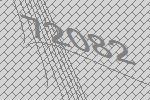
72082